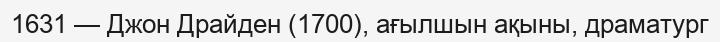
1631 — Джон Драйден (1700), ағылшын ақыны, драматург